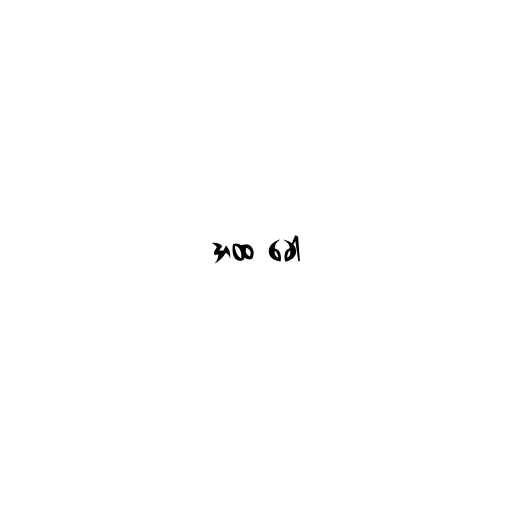
အထ ခေါ